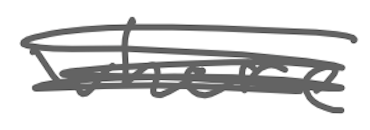
Text: where
Cross-out: scratch
Writing tool: digital_gray